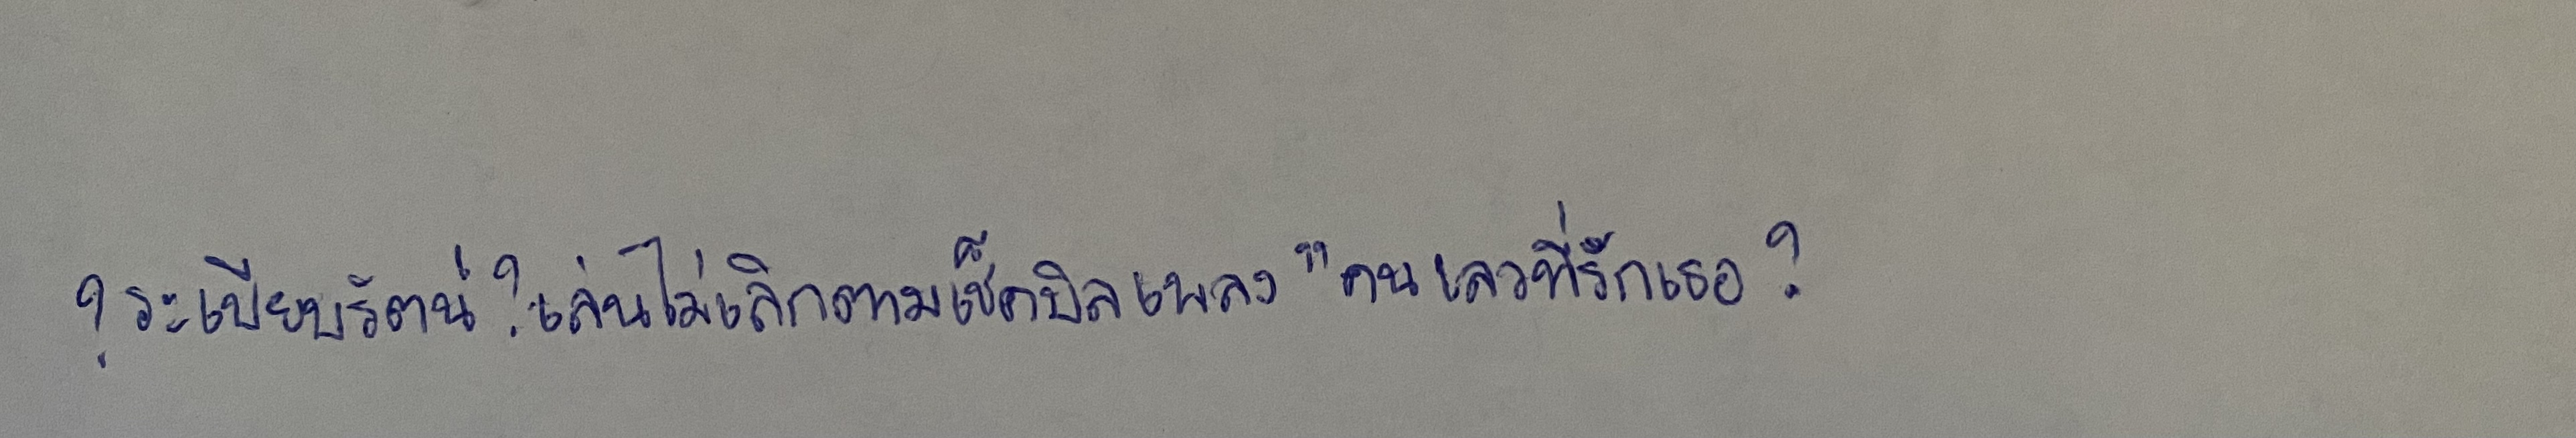
?ระเบียบรัตน์?เล่นไม่เลิกตามเช็คบิลเพลง"คนเลวที่รักเธอ?